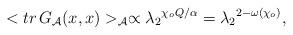
LaTeX: \begin{align*}<tr\,G_{\cal A}(x,x)>_{\cal A}\propto{{\lambda_2}^{{\chi_o}Q/\alpha}}={{\lambda_2}^{2-\omega({\chi_o})}},\end{align*}